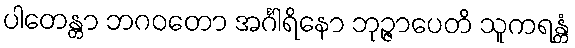
ပါတေန္တာ ဘဂဝတော အင်္ဂါရိနော ဘုဉ္ဇာပေတိ သူကရန္တံ